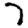
Digit: 7